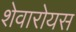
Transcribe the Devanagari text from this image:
शेवारोयस